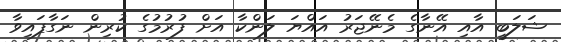
ޝަލަބީ އާއި އޭނާގެ މެނޭޖަރު އައްޔަ ލަންކާ އަށް ފުރުމުގެ ކުރިން ނަގާފައިވާ